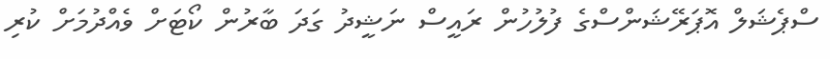
ސްޕެޝަލް އޮޕަރޭޝަންސްގެ ފުލުހުން ރައީސް ނަޝީދު ގަދަ ބާރުން ކޯޓަށް ވެއްދުމަށް ކުރި